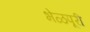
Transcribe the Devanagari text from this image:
भेळपूरी